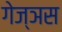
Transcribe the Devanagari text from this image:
गेज्ञस